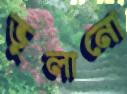
ভুলানো